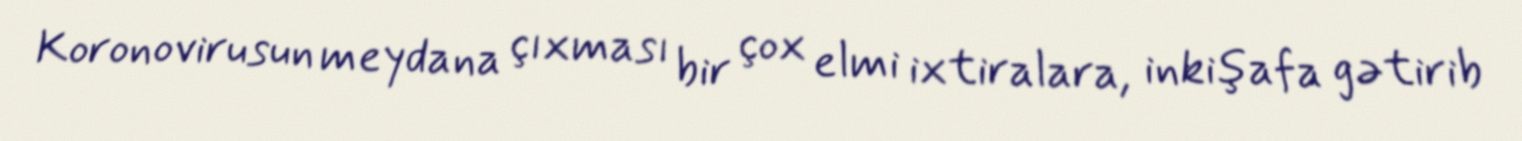
Koronovirusun meydana çıxması bir çox elmi ixtiralara, inkişafa gətirib